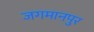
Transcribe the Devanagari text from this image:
जगमानपुर